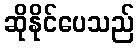
ဆိုနိုင်ပေသည်